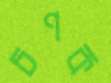
চণক